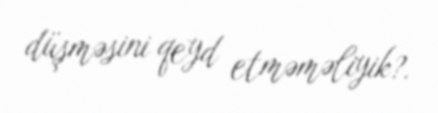
düşməsini qeyd etməməliyik?.